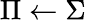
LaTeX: \Pi\leftarrow\Sigma